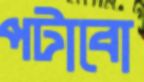
পটাবো